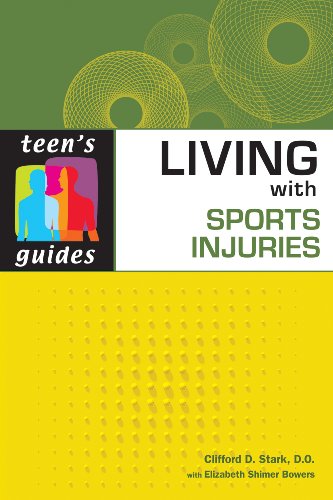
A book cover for Living With Sports Injuries (Teen's Guides); Clifford D. Stark; Teen & Young Adult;